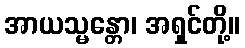
အာယသ္မန္တော၊ အရှင်တို့။